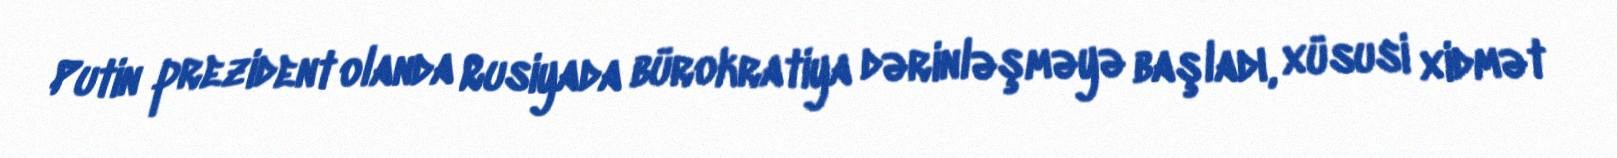
Putin prezident olanda Rusiyada bürokratiya dərinləşməyə başladı, xüsusi xidmət